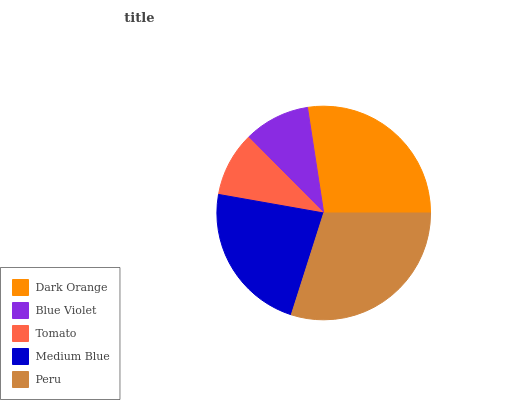
| Dark Orange | Blue Violet | Tomato | Medium Blue | Peru |
 | --- | --- | --- | --- | --- |
 | 27.4% | 10% | 9.77% | 22.9% | 29.9% |